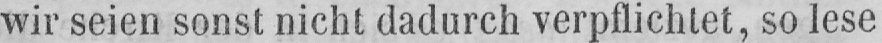
wir seien sonst nicht dadurch verpflichtet, so lese